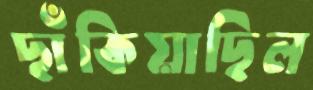
ছাঁকিয়াছিল